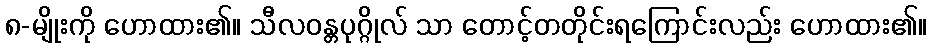
၈-မျိုးကို ဟောထား၏။ သီလဝန္တပုဂ္ဂိုလ် သာ တောင့်တတိုင်းရကြောင်းလည်း ဟောထား၏။